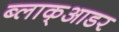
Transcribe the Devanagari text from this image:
ब्लाक्आडर